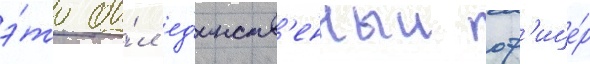
э́то бы́л ед'инств'енныи оф'ице́р